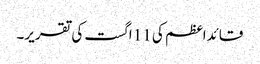
قائداعظم کی 11 اگست کی تقریر۔